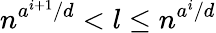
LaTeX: n^{a^{i+1}/d}<l\leq n^{a^{i}/d}